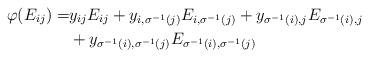
LaTeX: \begin{align*}\varphi(E_{ij})=&y_{ij}E_{ij}+y_{i,\sigma^{-1}(j)}E_{i,\sigma^{-1}(j)}+y_{\sigma^{-1}(i),j}E_{\sigma^{-1}(i),j}\\&+y_{\sigma^{-1}(i),\sigma^{-1}(j)}E_{\sigma^{-1}(i),\sigma^{-1}(j)}\end{align*}